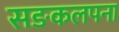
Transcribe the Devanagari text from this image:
सङकलपना